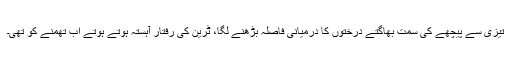
تیزی سے پیچھے کی سمت بھاگتے درختوں کا درمیانی فاصلہ بڑھنے لگا، ٹرین کی رفتار آہستہ ہوتے ہوتے اب تھمنے کو تھی۔